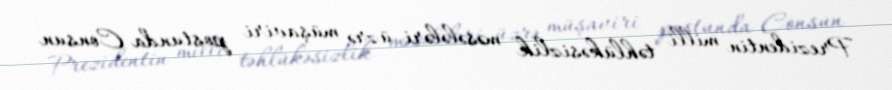
Prezidentin milli təhlükəsizlik məsələləri üzrə müşaviri postunda Consun